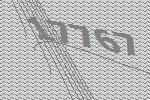
17767